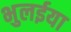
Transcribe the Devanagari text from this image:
भुलईया